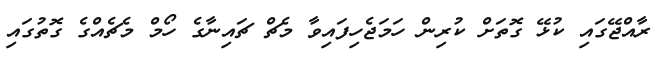
ރާއްޖޭގައި ކުޅޭ ގޮތަށް ކުރިން ހަމަޖެހިފައިވާ މެޗް ޗައިނާގެ ހޯމް މެޗެއްގެ ގޮތުގައި